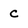
Character: c